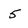
Character: 5